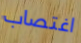
اغتصاب